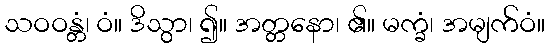
သဝဝန္တံ၊ ဝံ။ ဒိသွာ၊ ၍။ အတ္တနော၊ ၏။ မက္ခံ၊ အမျက်ဝံ။